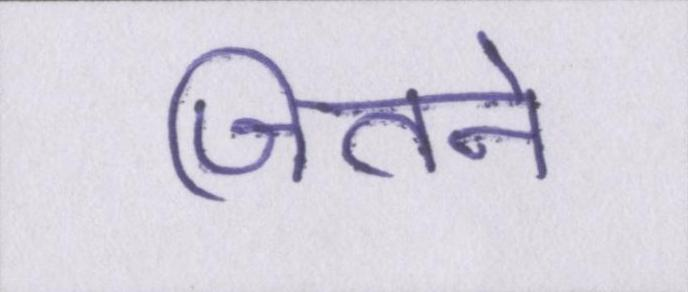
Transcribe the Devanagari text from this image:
जितने